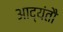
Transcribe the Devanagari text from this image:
आद्यंतौ